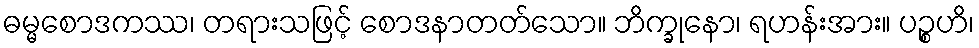
ဓမ္မစောဒကဿ၊ တရားသဖြင့် စောဒနာတတ်သော။ ဘိက္ခုနော၊ ရဟန်းအား။ ပဉ္စဟိ၊